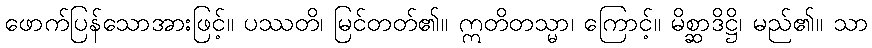
ဖောက်ပြန်သောအားဖြင့်။ ပဿတိ၊ မြင်တတ်၏။ ဣတိတသ္မာ၊ ကြောင့်။ မိစ္ဆာဒိဋ္ဌိ၊ မည်၏။ သာ